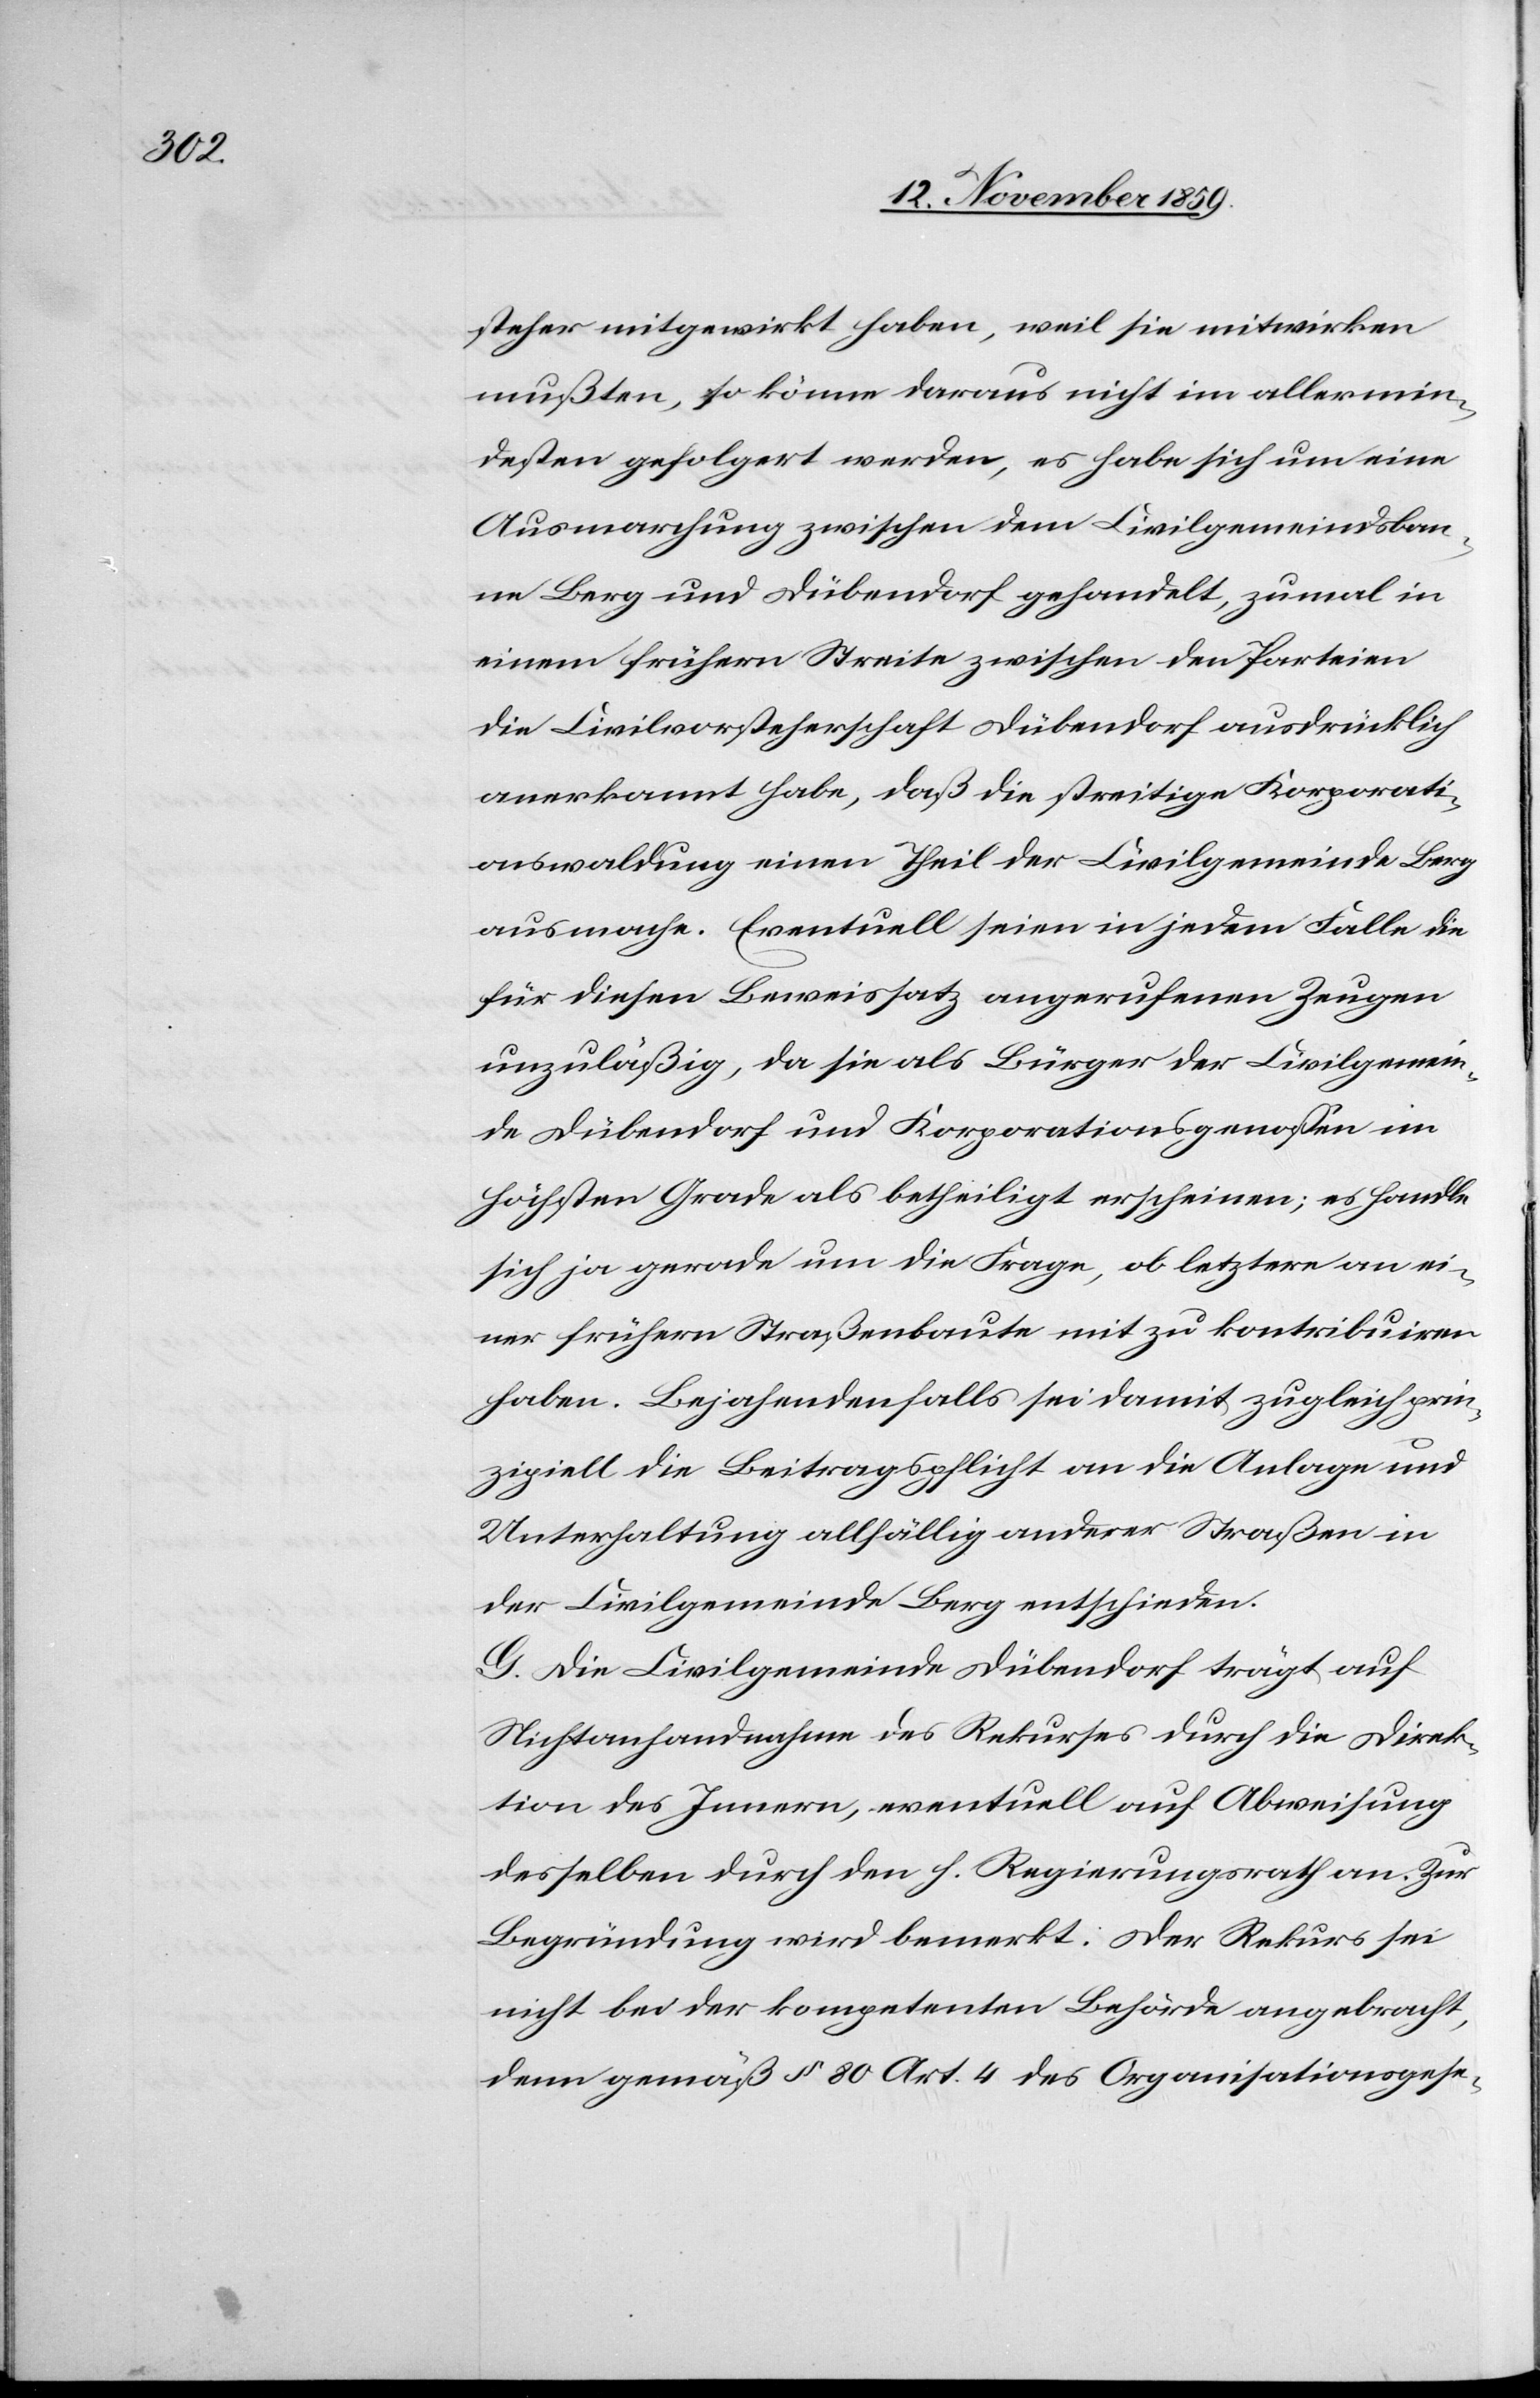
steher mitgewirkt haben, weil sie mitwirken
mußten, so könne daraus nicht im allermin¬
desten gefolgert werden, es habe sich um eine
Ausmachung zwischen dem Civilgemeindsban¬
ne Berg und Dübendorf gehandelt, zumal in
einem frühern Streite zwischen den Parteien
die Civilvorsteherschaft Dübendorf ausdrücklich
anerkannt habe, daß die streitige Korporati¬
onswaldung einen Theil der Civilgemeinde Berg
ausmache. Eventuell seien in jedem Falle die
für diesen Beweissatz angerufenen Zeugen
unzuläßig, da sie als Bürger der Civilgemein¬
de Dübendorf und Korporationsgenossen im
höchsten Grade als betheiligt erscheinen; es handle
sich ja gerade um die Frage, ob letztere an ei¬
ner frühern Straßenbaute mit zu kontribuiren
haben. Bejahendenfalls sei damit zugleich prin¬
zipiell die Beitragspflicht an die Anlage und
Unterhaltung allfälliger anderer Straßen in
der Civilgemeinde Berg entschieden.
G. Die Civilgemeinde Dübendorf trägt auf
Nichtanhandnahme des Rekurses durch die Direk¬
tion des Innern, eventuell auf Abweisung
desselben durch den h. Regierungsrath an. Zur
Begründung wird bemerkt: Der Rekurs sei
nicht bei der kompetenten Behörde angebracht,
denn gemäß § 80 Art. 4 des Organisationsgese-